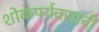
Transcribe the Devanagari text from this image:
शोकपर्यवसावी